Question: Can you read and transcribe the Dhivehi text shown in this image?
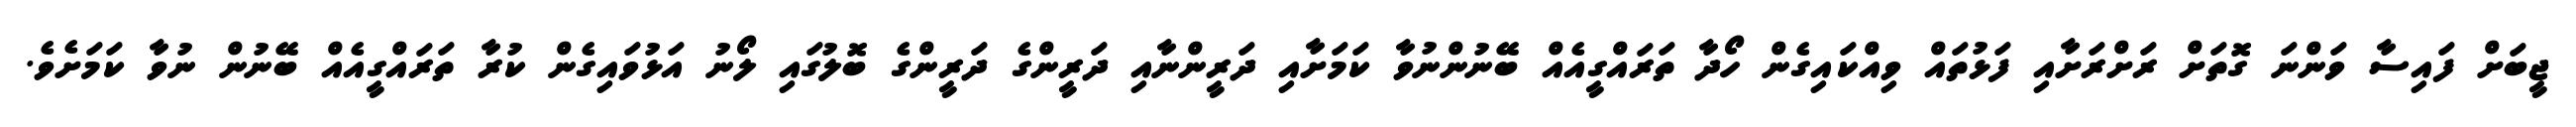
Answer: ޖީބަށް ފައިސާ ވަންނަ ގޮތަށް ރަށްރަށާއި ފަޅުތައް ވިއްކައިގެން ހޯދާ ތަރައްގީއެއް ބޭނުންނުވާ ކަމަށާއި ދަރީންނާއި ދަރީންގެ ދަރީންގެ ބޮލުގައި ލޯނު އަޅުވައިގެން ކުރާ ތަރައްގީއެއް ބޭނުން ނުވާ ކަމަށެވެ.